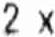
2 X